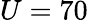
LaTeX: U=70